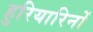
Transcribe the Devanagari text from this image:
हुरियारिनों